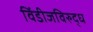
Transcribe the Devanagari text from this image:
विंडीजविरुद्ध